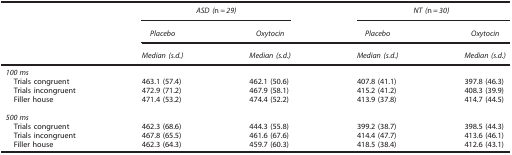
|  | <COLSPAN=2> ASD(n=29) | <COLSPAN=2> NT(n=30) |
 |  | Placebo | Oxytocin | Placebo | Oxytocin |
 |  | Median (s.d.) | Median (s.d.) | Median (s.d.) | Median (s.d.) |
 | --- | --- | --- | --- | --- |
 | <COLSPAN=5> 100 ms |
 | Trials congruent | 463.1 (57.4) | 462.1 (50.6) | 407.8 (41.1) | 397.8 (46.3) |
 | Trials incongruent | 472.9 (71.2) | 467.9 (58.1) | 415.2 (41.2) | 408.3 (39.9) |
 | Filler house | 471.4 (53.2) | 474.4 (52.2) | 413.9 (37.8) | 414.7 (44.5) |
 |  |  |  |  |  |
 | <COLSPAN=5> 500 ms |
 | Trials congruent | 462.3 (68.6) | 444.3 (55.8) | 399.2 (38.7) | 398.5 (44.3) |
 | Trials incongruent | 467.8 (65.5) | 461.6 (67.6) | 414.4 (47.7) | 413.6 (46.1) |
 | Filler house | 462.3 (64.3) | 459.7 (60.3) | 418.5 (38.4) | 412.6 (43.1) |